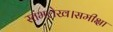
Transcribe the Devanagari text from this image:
स्तंभलेख।समीक्षा